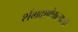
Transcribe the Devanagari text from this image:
शेंगदाणेवाल्याची